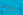
روح